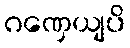
ဂဏှေယျပိ